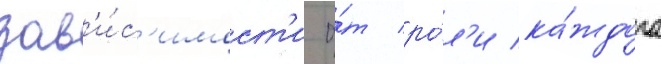
зав'и́с'имост'и о́т ро́л'и ка́ждого